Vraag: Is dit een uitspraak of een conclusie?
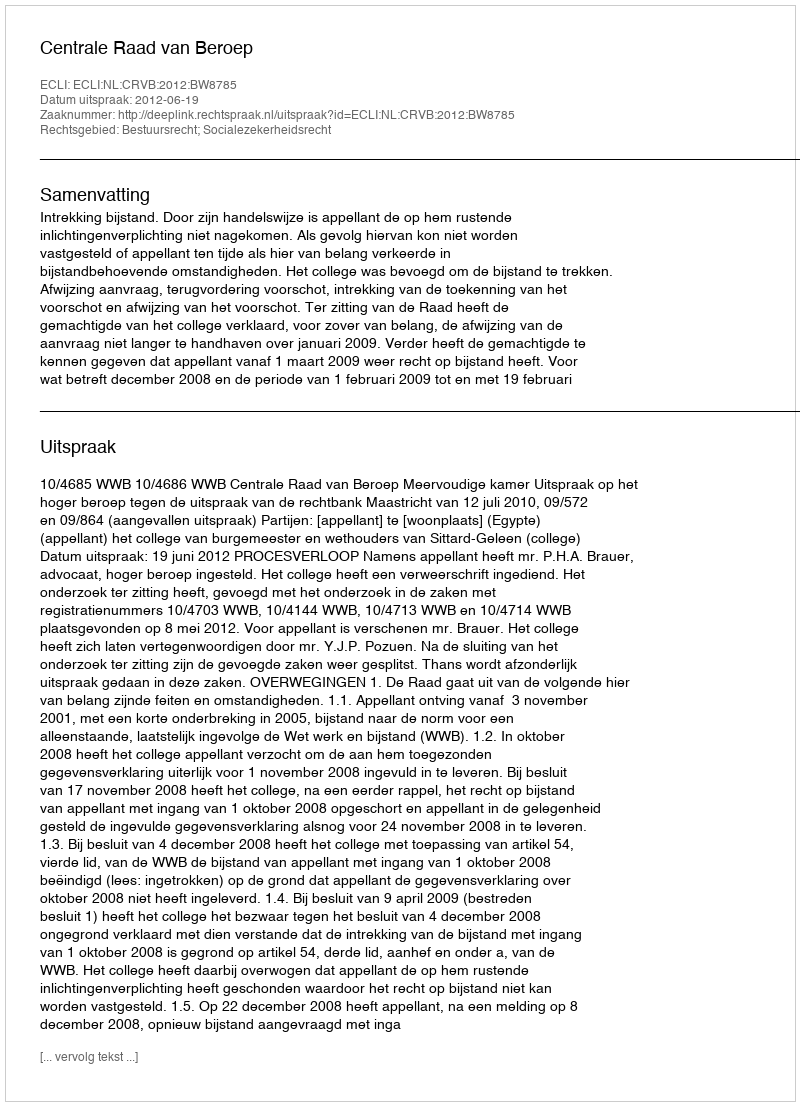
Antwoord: Uitspraak